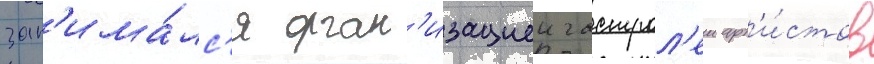
зан'има́лс'я орган'изациеи гастрол'еи арт'и́стов